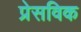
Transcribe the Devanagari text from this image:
प्रेसविक